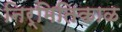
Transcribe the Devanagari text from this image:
निर्मितिकाळ